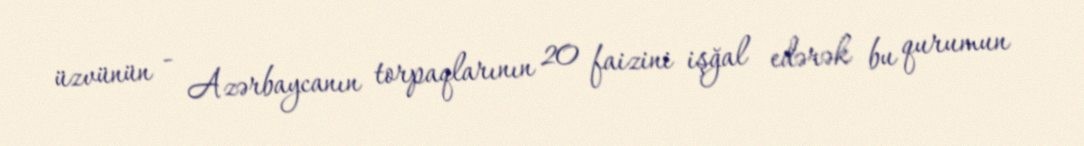
üzvünün - Azərbaycanın torpaqlarının 20 faizini işğal edərək bu qurumun